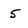
Character: 5